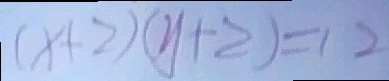
( x + 2 ) ( y + 2 ) = 1 2